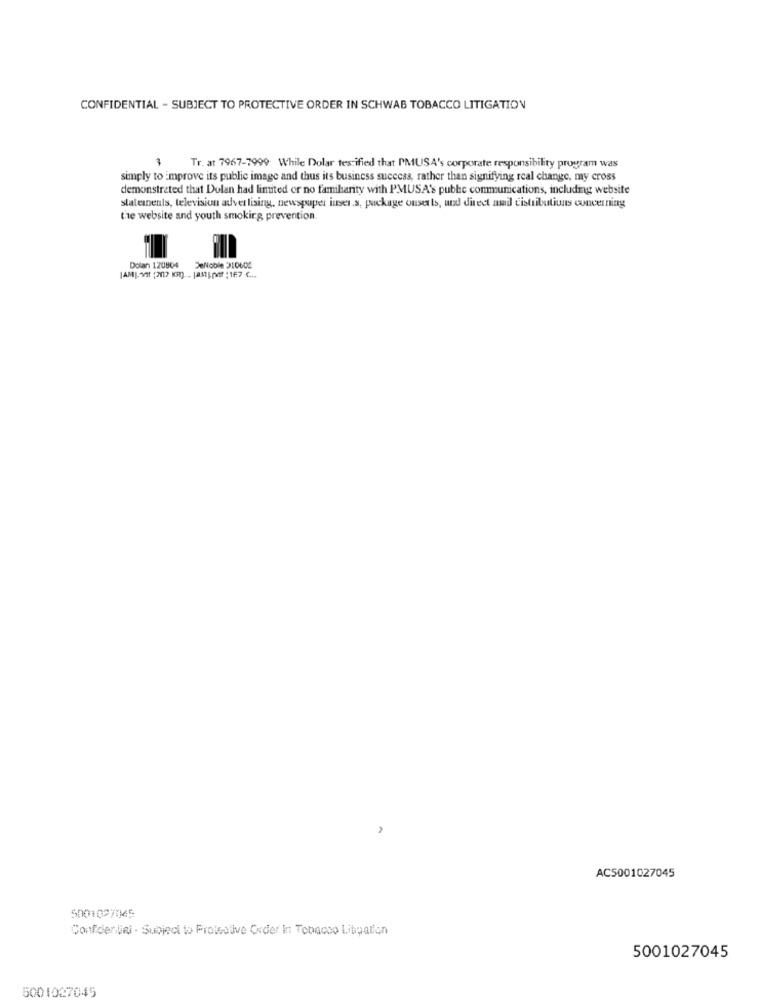
CONFIDENTIAL - SUBJECT TO PROTECTIVE ORDER IN SCHWAB TOBACCO LITIGATION
3 Tr. at 7967-7999 While Dolar tes ified that PMUSA's corporate responsibility program was
simply to improve its public image and thus its business success, rather than signifying real change, my cross
demonstrated that Dolan had limited or no familiarity with PMUSA's pubhe communications, including website
statements, television advertising, newspaper ises.s, package ousets, and direct mail distributions concerning
the website and youth smoking prevention.
Dolan 120804
DeNoble 310605
[AMI. VII (20 KR) ... |AMINT : 167 C ...
AC5001027045
5001027045
Confidentiel - Subject to Protective Order In Tobacco Litigation
5001027045
5001027045